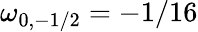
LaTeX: \omega_{0,-1/2}=-1/16